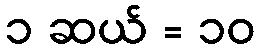
၁ ဆယ် = ၁၀